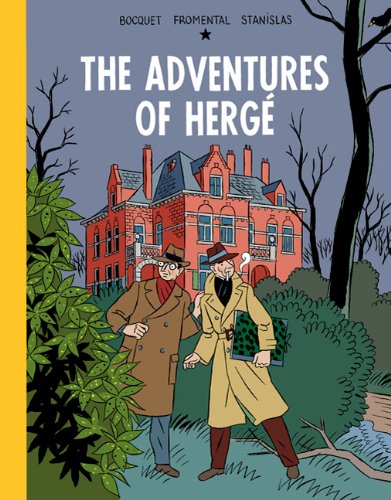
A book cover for The Adventures of Herge; Jose-Louis Bocquet; Comics & Graphic Novels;